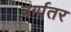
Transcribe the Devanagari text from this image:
वर्गातर